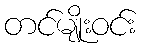
တင်မျိုးဝင်း